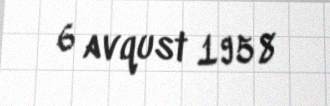
6 avqust 1958